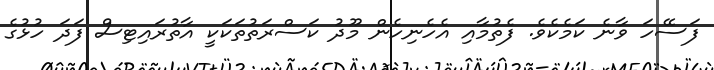
ފަސޭހަ ވާނެ ކަމެކެވެ. ފެތުމާއި އެހެނިހެން މޫދު ކަސްރަތުތަކަކީ އާތުރައިޓިސް ފަދަ ހުޅުގެ